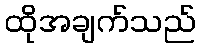
ထိုအချက်သည်